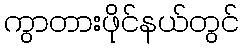
ကွာတားဖိုင်နယ်တွင်